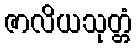
ဇာလိယသုတ္တံ